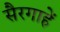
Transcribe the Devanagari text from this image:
सैरगाहें